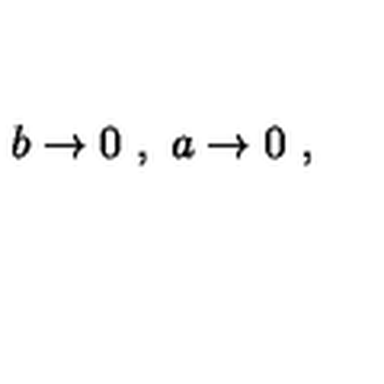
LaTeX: b \rightarrow 0 \ , \ a \rightarrow 0 \ ,